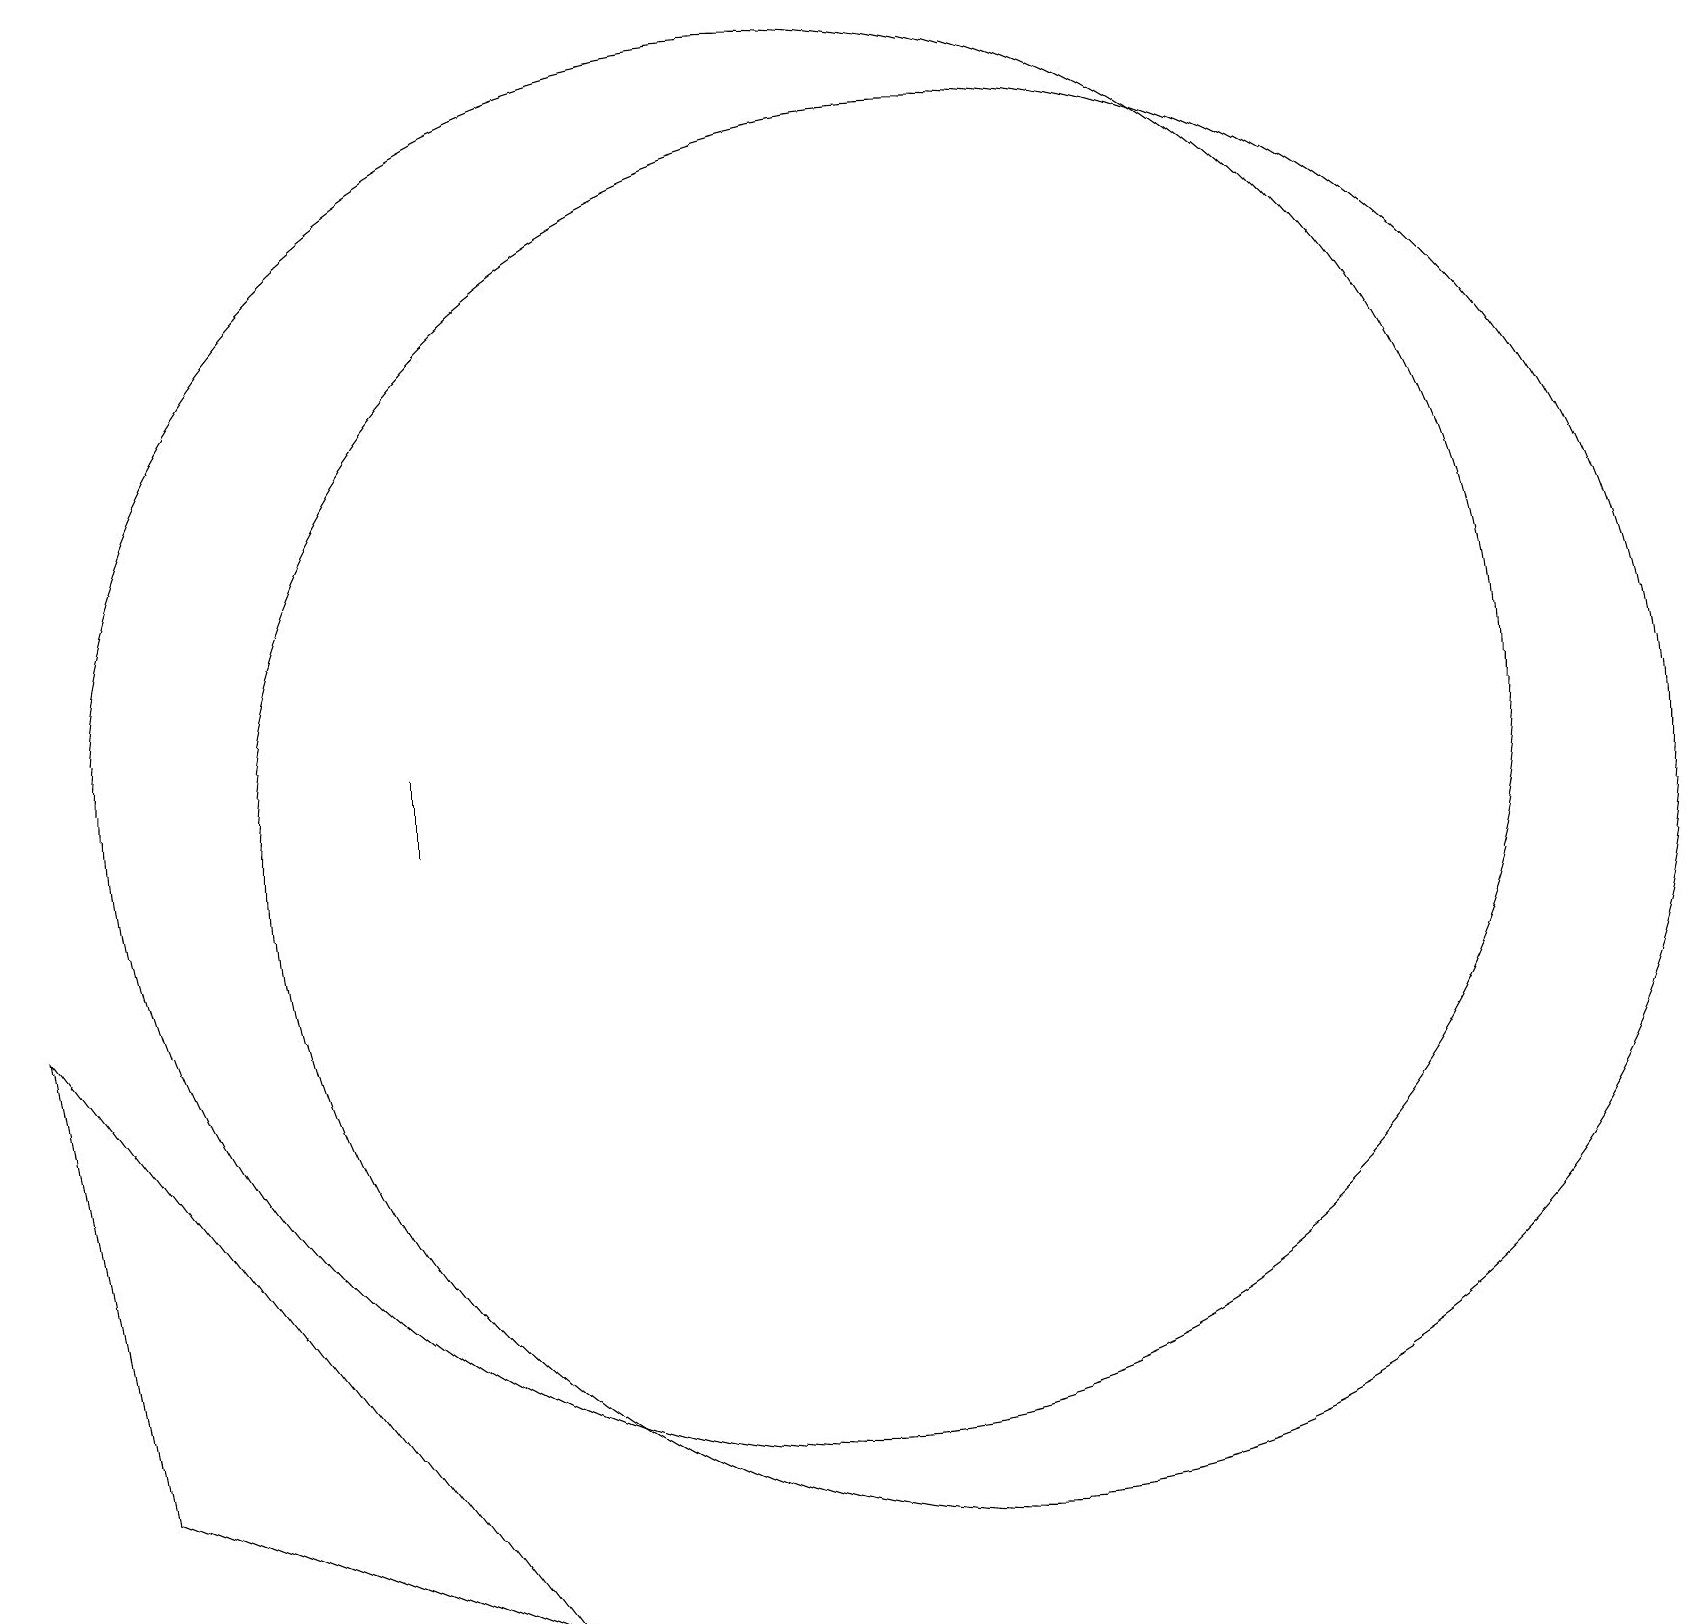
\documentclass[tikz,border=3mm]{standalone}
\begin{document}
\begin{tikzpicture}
\draw (12,10) circle (9);
\draw (5,11) rectangle (5,10);
\draw (10,11) circle (9);
\draw (1,2) -- (0,8) -- (6,0) -- cycle;
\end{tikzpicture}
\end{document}